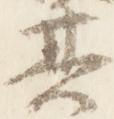
其